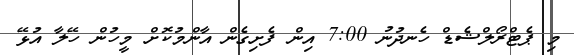
މި ޕެޓްރޯލްޝެޑް ހެނދުނު 7:00 އިން ފެށިގެން އާންމުކޮށް މީހުން ހޭލާ އުޅޭ